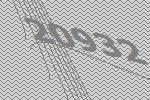
20932